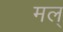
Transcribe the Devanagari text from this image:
मल्